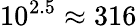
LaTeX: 10^{2.5}\approx 316